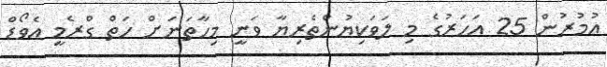
އުމުރުން 25 އަހަރުގެ މި ލަވަކިޔުންތެރިޔާ ވަނީ މިހާތަނަށް ހަތް ގްރެމީ އެވޯޑް